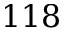
1 1 8